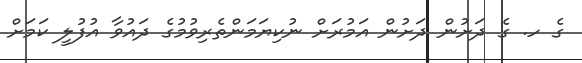
ގެ ހ. ގެ ދަށުން ދަށުން އަމުރަށް ނުކިޔަމަންތެރިވުމުގެ ދައުވާ އުފުލީ ކަމަށް